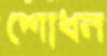
শোধন